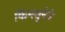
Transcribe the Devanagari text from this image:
किन्त्सुनेने